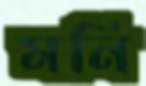
মনি